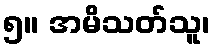
၅။ အမိသတ်သူ၊